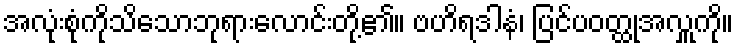
အလုံးစုံကိုသိသောဘုရားလောင်းတို့၏။ ဗဟိရဒါနံ၊ ပြင်ပဝတ္ထုအလှူကို။